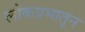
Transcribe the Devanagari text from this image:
लोकप्रभातून